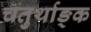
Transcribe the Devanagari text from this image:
चतुर्थाङ्क